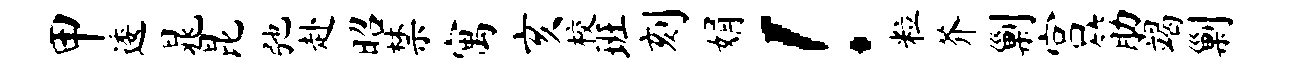
甲逶晁昆弛赴昭禁寓亥校班刻娟！粒芥剿宫筋竭剿